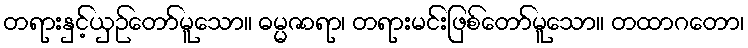
တရားနှင့်ယှဉ်တော်မူသော။ ဓမ္မဇာရာ၊ တရားမင်းဖြစ်တော်မူသော။ တထာဂတော၊